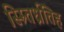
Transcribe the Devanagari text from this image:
स्म्र्तिर्ध्रतिह